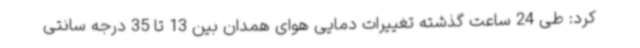
کرد: طی 24 ساعت گذشته تغییرات دمایی هوای همدان بین 13 تا 35 درجه سانتی